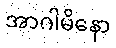
အာဂါမိနော